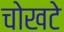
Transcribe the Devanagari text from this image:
चोखटे